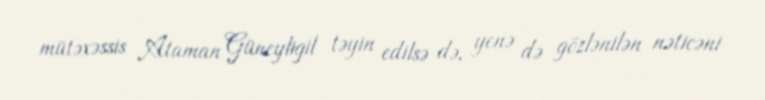
mütəxəssis Ataman Güneyligil təyin edilsə də, yenə də gözlənilən nəticəni